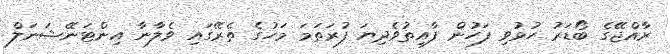
ރާއްޖޭގެ ބޯޑަރު ހުޅުވި ފަހުން ފާއިތުވެދިޔަ ފުރަތަމަ މަހުގެ ތެރޭގައި ވެލާނާ އިންޓަނޭޝަނަލް